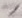
Text: Z